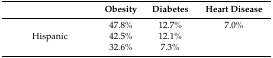
<table><thead><tr><td>[EMPTY_CELL]</td><td><b>Obesity</b></td><td><b>Diabetes</b></td><td><b>Heart Disease</b></td></tr></thead><tbody><tr><td>[EMPTY_CELL]</td><td>47.8%</td><td>12.7%</td><td>7.0%</td></tr><tr><td>Hispanic</td><td>42.5%</td><td>12.1%</td><td>[EMPTY_CELL]</td></tr><tr><td>[EMPTY_CELL]</td><td>32.6%</td><td>7.3%</td><td>[EMPTY_CELL]</td></tr></tbody></table>